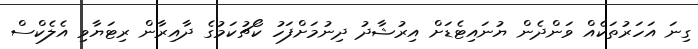
ގިނަ އަހަރުތަކެއް ވަންދެން ޔުނައިޓެޑަށް އިރުޝާދު ދިނުމަށްފަހު ކޯޗުކަމުގެ ދާއިރާން ރިޓަޔާވި އެލެކްސް